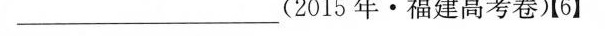
___(2015年·福建高考卷)【6】